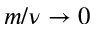
m / \nu \to 0